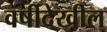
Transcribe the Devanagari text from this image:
वर्षीदेखील